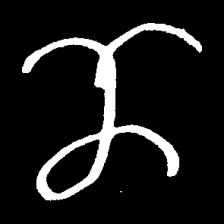
Pyu character \u2014 Myanmar letter: ဏ (romanized: nna)